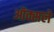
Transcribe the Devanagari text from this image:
ऑक्सले